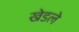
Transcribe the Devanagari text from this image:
खेडले